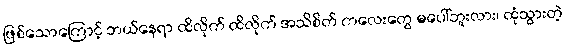
ဖြစ်သောကြောင့် ဘယ်နေရာ ထိလိုက် ထိလိုက် အသိစိတ် ကလေးတွေ မပေါ်ဘူးလား၊ ထုံသွားတဲ့